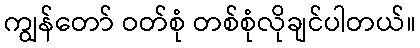
ကျွန်တော် ဝတ်စုံ တစ်စုံလိုချင်ပါတယ်။